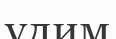
удим